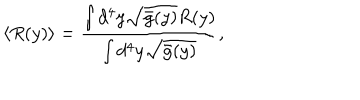
\langle R ( y ) \rangle = \frac { \int d ^ { 4 } y \sqrt { \bar { g } ( y ) } R ( y ) } { \int d ^ { 4 } y \sqrt { \bar { g } ( y ) } } ,